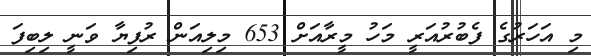
މި އަހަރުގެ ފެބުރުއަރީ މަހު މީރާއަށް 653 މިލިއަން ރުފިޔާ ވަނީ ލިބިފަ